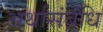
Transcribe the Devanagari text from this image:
अर्थासंबंधि